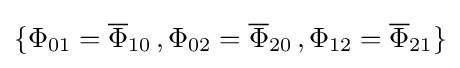
\{\Phi _{01}={\overline {\Phi }}_{10}\,,\Phi _{02}={\overline {\Phi }}_{20}\,,\Phi _{12}={\overline {\Phi }}_{21}\}